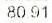
80.91